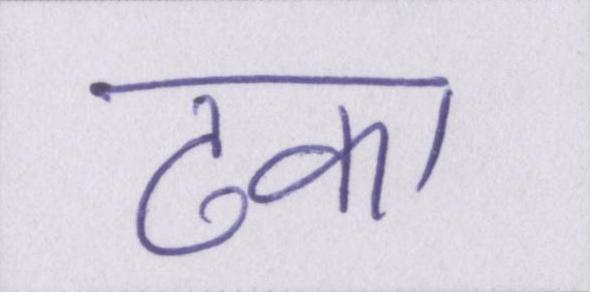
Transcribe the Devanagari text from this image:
ढका